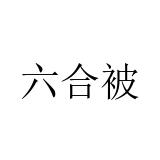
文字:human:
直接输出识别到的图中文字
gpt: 六合被